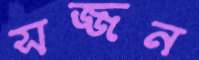
সজ্জন